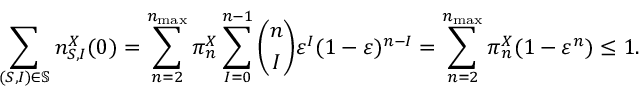
\sum _ { ( S , I ) \in \mathbb { S } } n _ { S , I } ^ { X } ( 0 ) = \sum _ { n = 2 } ^ { n _ { \operatorname* { m a x } } } \pi _ { n } ^ { X } \sum _ { I = 0 } ^ { n - 1 } \binom { n } { I } \varepsilon ^ { I } ( 1 - \varepsilon ) ^ { n - I } = \sum _ { n = 2 } ^ { n _ { \operatorname* { m a x } } } \pi _ { n } ^ { X } ( 1 - \varepsilon ^ { n } ) \leq 1 .